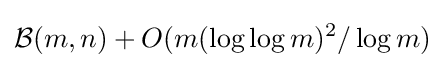
{\mathcal {B}}(m,n)+O(m(\log \log m)^{2}/\log m)